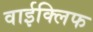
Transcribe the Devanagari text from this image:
वाईक्लिफ